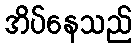
အိပ်နေသည်